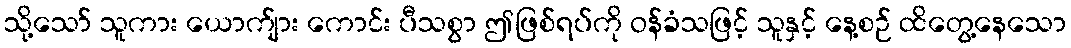
သို့သော် သူကား ယောက်ျား ကောင်း ပီသစွာ ဤဖြစ်ရပ်ကို ဝန်ခံသဖြင့် သူနှင့် နေ့စဉ် ထိတွေ့နေသော